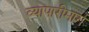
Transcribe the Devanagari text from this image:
व्यापारीमार्ग